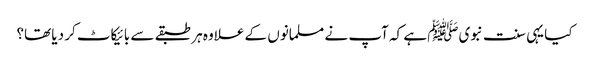
کیا یہی سنت نبویﷺ ہے کہ آپ نے مسلمانوں کے علاوہ ہر طبقے سے بائیکاٹ کر دیا تھا؟